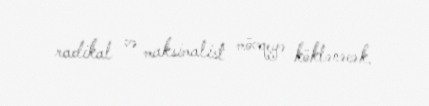
radikal və maksimalist mövqeyə köklənəcək.